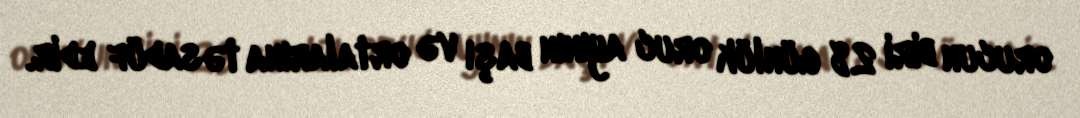
orucun biri 28 günlük oruc ayının başı və ortalarına təsadüf edir.